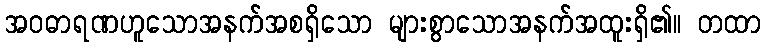
အဝဓာရဏဟူသောအနက်အစရှိသော များစွာသောအနက်အထူးရှိ၏။ တထာ